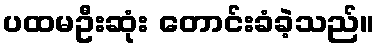
ပထမဦးဆုံး တောင်းခံခဲ့သည်။